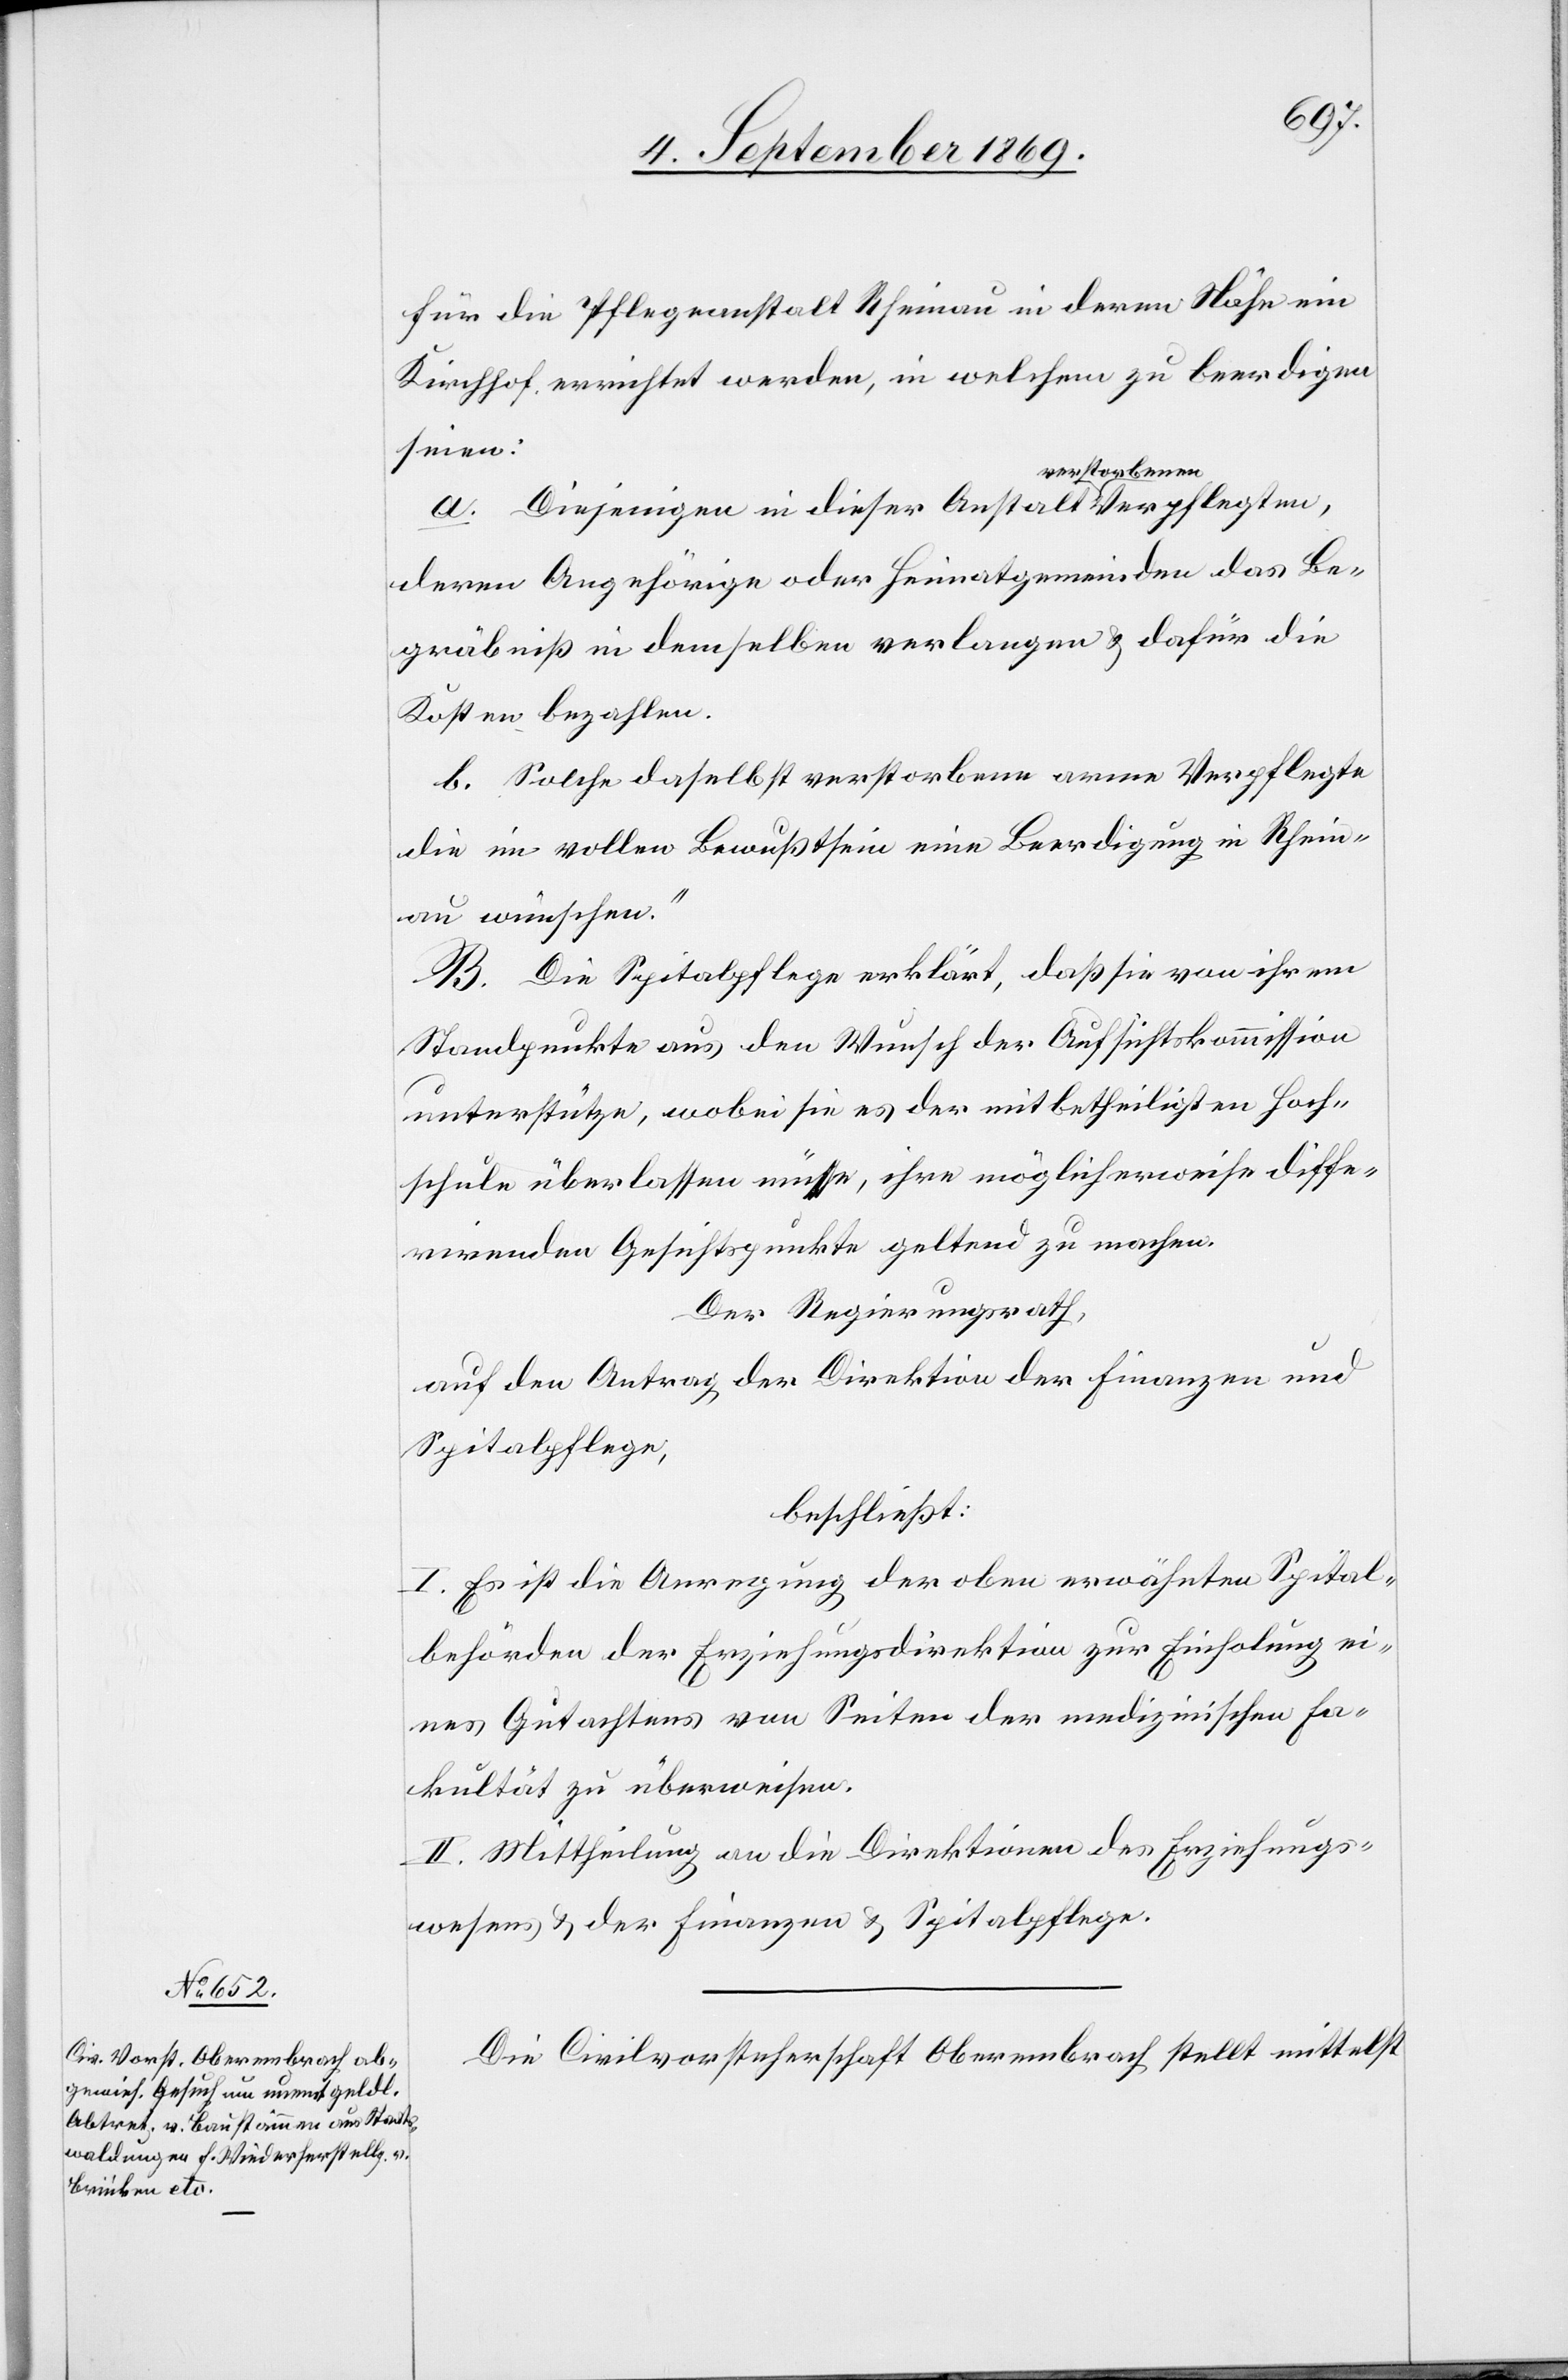
für die Pflegeanstalt Rheinau in deren Nähe ein
Kirchhof errichtet werden, in welchem zu beerdigen
seien:
a. Diejenigen in dieser Anstalt verstorbenen
deren Angehörige oder Heimatgemeinden das Be¬
gräbniß in demselben verlangen & dafür die
Kosten bezahlen.
b. Solche daselbst verstorbene arme Verpflegte
die im vollen Bewußtsein eine Beerdigung in Rhein¬
au wünschen.“
B. Die Spitalpflege erklärt, daß sie von ihrem
Standpunkte aus den Wunsch der Aufsichtskommission
unterstütze, wobei sie es der mitbetheiligten Hoch¬
schule überlassen müsse, ihre möglicherweise diffe¬
rirenden Gesichtspunkte geltend zu machen.
Der Regierungsrath,
auf den Antrag der Direktion der Finanzen und
Spitalpflege,
beschließt:
I. Es ist die Anregung der oben erwähnten Spital¬
behörden der Erziehungsdirektion zur Einholung ei¬
nes Gutachtens von Seiten der medizinischen Fa¬
kultät zu überweisen.
II. Mittheilung an die Direktionen des Erziehungs¬
wesens & der Finanzen & Spitalpflege.
Die Civilvorsteherschaft Oberembrach stellt mittelst